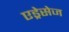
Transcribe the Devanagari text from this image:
एड्रेसेज